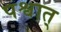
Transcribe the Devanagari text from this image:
पश्वात्